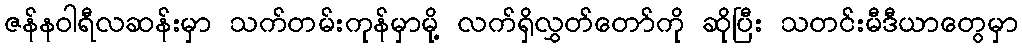
ဇန်နဝါရီလဆန်းမှာ သက်တမ်းကုန်မှာမို့ လက်ရှိလွှတ်တော်ကို ဆိုပြီး သတင်းမီဒီယာတွေမှာ